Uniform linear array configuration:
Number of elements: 12
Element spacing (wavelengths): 0.5
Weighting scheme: hann
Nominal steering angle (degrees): -60
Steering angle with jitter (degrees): -58.845
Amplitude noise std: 0.05
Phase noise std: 0.05

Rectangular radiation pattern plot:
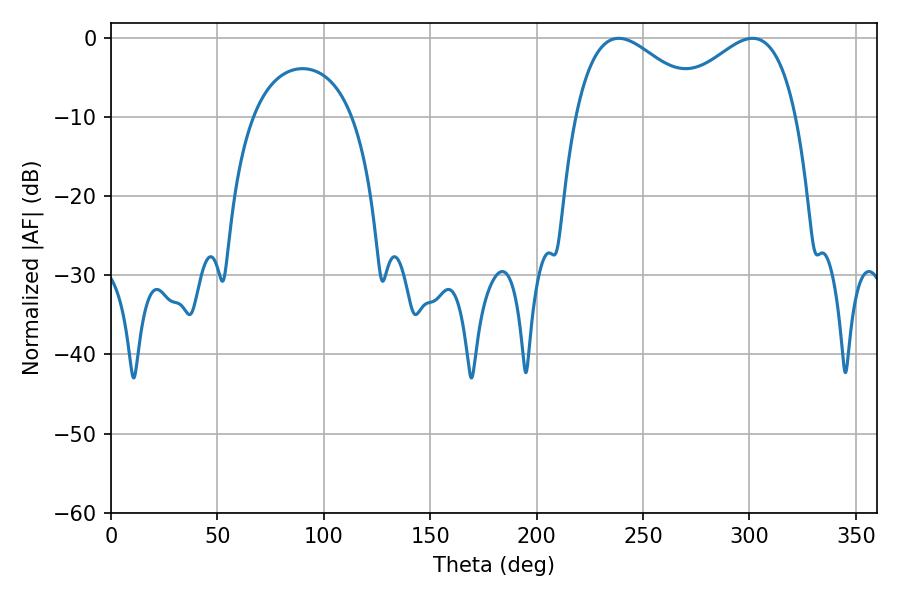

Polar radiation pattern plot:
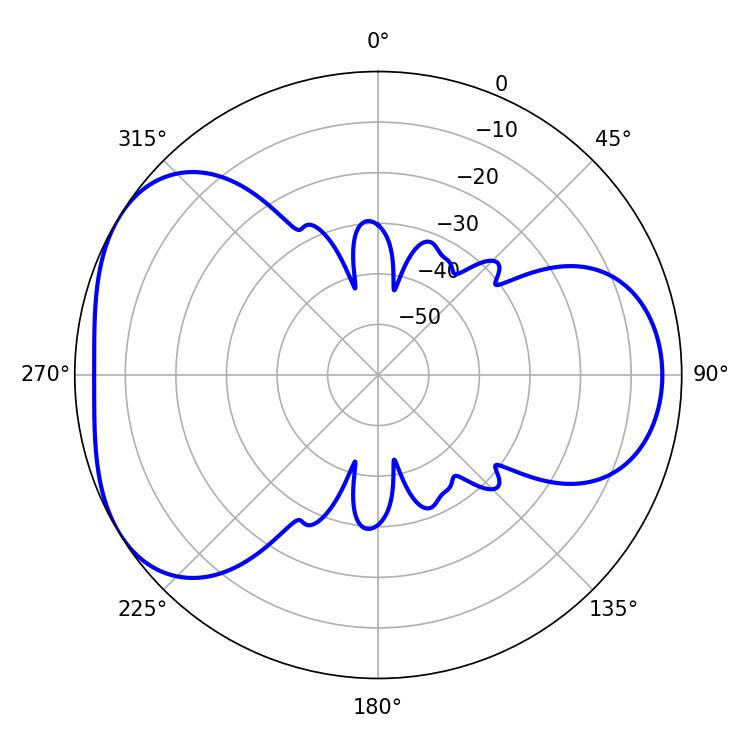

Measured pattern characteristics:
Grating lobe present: FALSE
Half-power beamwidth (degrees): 33.3
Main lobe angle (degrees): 238.5